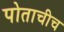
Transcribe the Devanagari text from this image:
पोताचीच